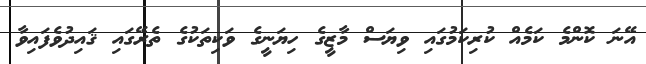
އޭނަ ކޮންމެ ކަމެއް ކުރިކަމުގައި ވިޔަސް މާޒީގެ ހިޔަނީގެ ވަކިތަކުގެ ތެރޭގައި ޤައިދުވެފައިވާ